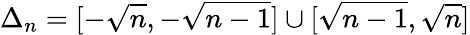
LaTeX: \Delta_{n}=[-\sqrt{n},-\sqrt{n-1}]\cup[\sqrt{n-1},\sqrt{n}]